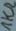
Text: 1KΩ